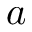
a